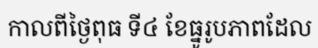
កាលពីថ្ងៃពុធ ទី៤ ខែធ្នូរូបភាពដែល